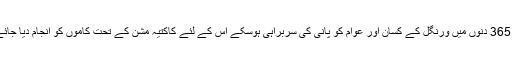
آئندہ 365 دنوں میں ورنگل کے کسان اور عوام کو پانی کی سربراہی ہوسکے اس کے لئے کاکتیہ مشن کے تحت کاموں کو انجام دیا جائے گا۔